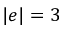
| e | = 3